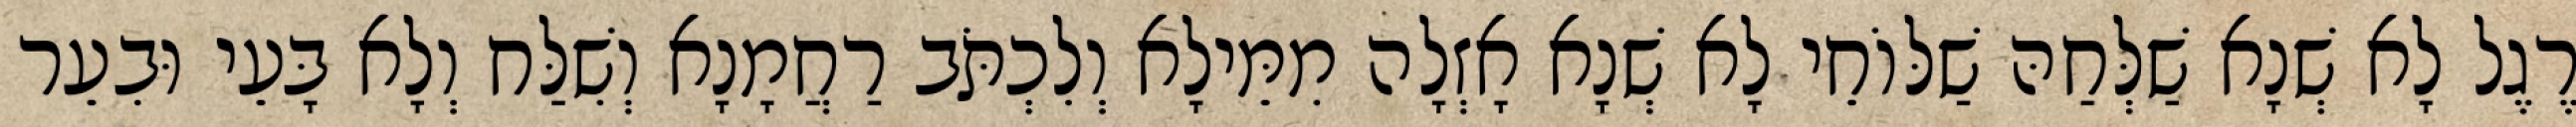
רֶגֶל לָא שְׁנָא שַׁלְּחַהּ שַׁלּוֹחֵי לָא שְׁנָא אָזְלָה מִמֵּילָא וְלִכְתֹּב רַחֲמָנָא וְשִׁלַּח וְלָא בָּעֵי וּבִעֵר